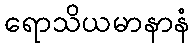
ရောသိယမာနာနံ